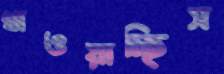
খাওয়াচ্ছিস